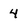
Character: 4